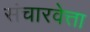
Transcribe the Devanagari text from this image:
संचारवेत्ता